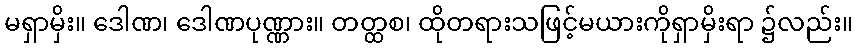
မရှာမှိး။ ဒေါဏ၊ ဒေါဏပုဏ္ဏား။ တတ္ထစ၊ ထိုတရားသဖြင့်မယားကိုရှာမှိးရာ ၌လည်း။